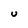
Character: U